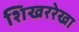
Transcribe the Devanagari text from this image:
शिखररेखा